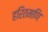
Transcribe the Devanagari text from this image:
हरितमणि